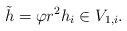
LaTeX: \begin{align*} \tilde{h}=\varphi r^2h_i\in V_{1,i}. \end{align*}